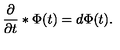
{ \frac { \partial } { \partial t } } * \Phi ( t ) = d \Phi ( t ) .